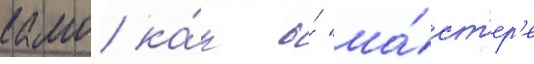
камо ка́к о́ "ма́ст'ер'е